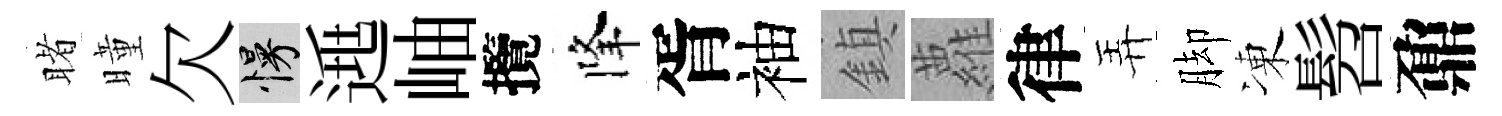
睹曈欠慢𨓱岫攬降胥袖鎮蘿律弄脚凍髫鼐